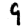
Digit: 9